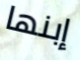
إبنها